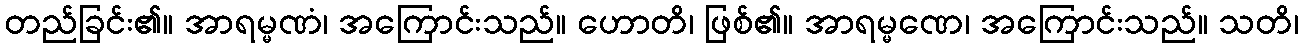
တည်ခြင်း၏။ အာရမ္မဏံ၊ အကြောင်းသည်။ ဟောတိ၊ ဖြစ်၏။ အာရမ္မဏေ၊ အကြောင်းသည်။ သတိ၊